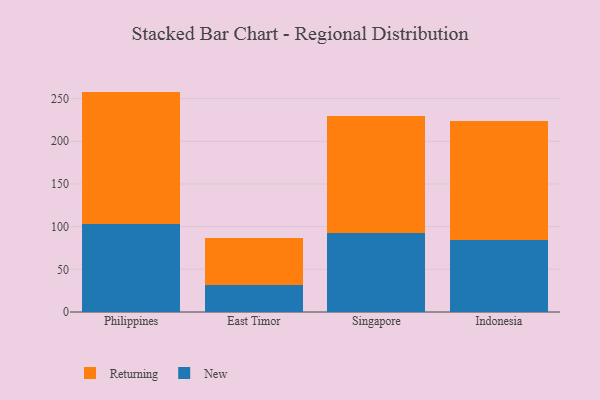
{"axis": {"x": "Country", "y": "Market Share (%)"}, "legend": ["New", "Returning"], "data": [{"x": "Philippines", "y": 103.3, "type": "New"}, {"x": "Philippines", "y": 154.9, "type": "Returning"}, {"x": "East Timor", "y": 31.2, "type": "New"}, {"x": "East Timor", "y": 55.5, "type": "Returning"}, {"x": "Singapore", "y": 92.3, "type": "New"}, {"x": "Singapore", "y": 137.5, "type": "Returning"}, {"x": "Indonesia", "y": 84.8, "type": "New"}, {"x": "Indonesia", "y": 139.5, "type": "Returning"}]}